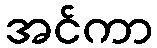
အင်ကာ